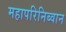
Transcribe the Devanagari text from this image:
महापरिनिब्वान